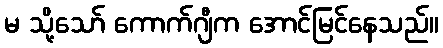
မ သို့သော် ကောက်ဂျီက အောင်မြင်နေသည်။